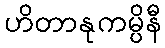
ဟိတာနုကမ္ပိနီ